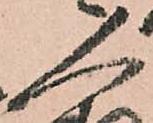
人